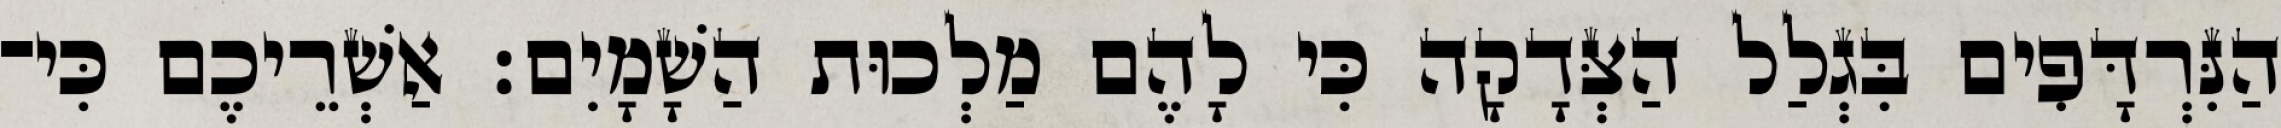
הַנִּרְדָּפִים בִּגְלַל הַצְּדָקָה כִּי לָהֶם מַלְכוּת הַשָׁמָיִם׃ אַשְׁרֵיכֶם כִּי־